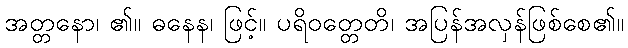
အတ္တနော၊ ၏။ ဓနေန၊ ဖြင့်။ ပရိဝတ္တေတိ၊ အပြန်အလှန်ဖြစ်စေ၏။